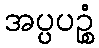
အပ္ပပဉ္စံ